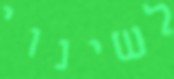
לשינוי